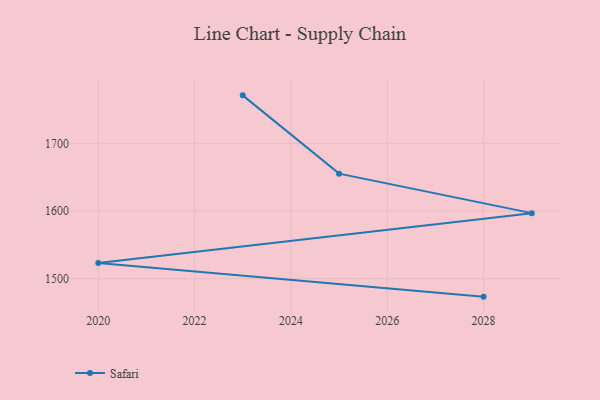
{"axis": {"x": "Year", "y": "Shipments"}, "legend": ["Safari"], "data": [{"x": "2028", "y": 1473.3, "type": "Safari"}, {"x": "2020", "y": 1523.0, "type": "Safari"}, {"x": "2029", "y": 1596.8, "type": "Safari"}, {"x": "2025", "y": 1655.2, "type": "Safari"}, {"x": "2023", "y": 1771.0, "type": "Safari"}]}